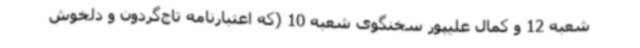
شعبه 12 و کمال علیپور سخنگوی شعبه 10 (که اعتبارنامه تاج‌گردون و دلخوش